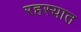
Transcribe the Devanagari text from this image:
रहस्यात